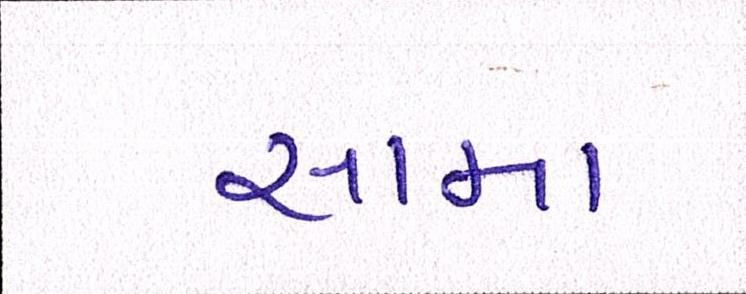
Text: સામા